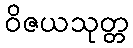
ဝိဇယသုတ္တ